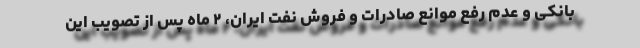
بانکی و عدم رفع موانع صادرات و فروش نفت ایران، ۲ ماه پس از تصویب این